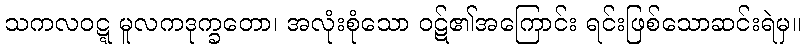
သကလဝဋ္ဋ မူလကဒုက္ခတော၊ အလုံးစုံသော ဝဋ်၏အကြောင်း ရင်းဖြစ်သောဆင်းရဲမှ။